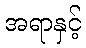
အရာနှင့်